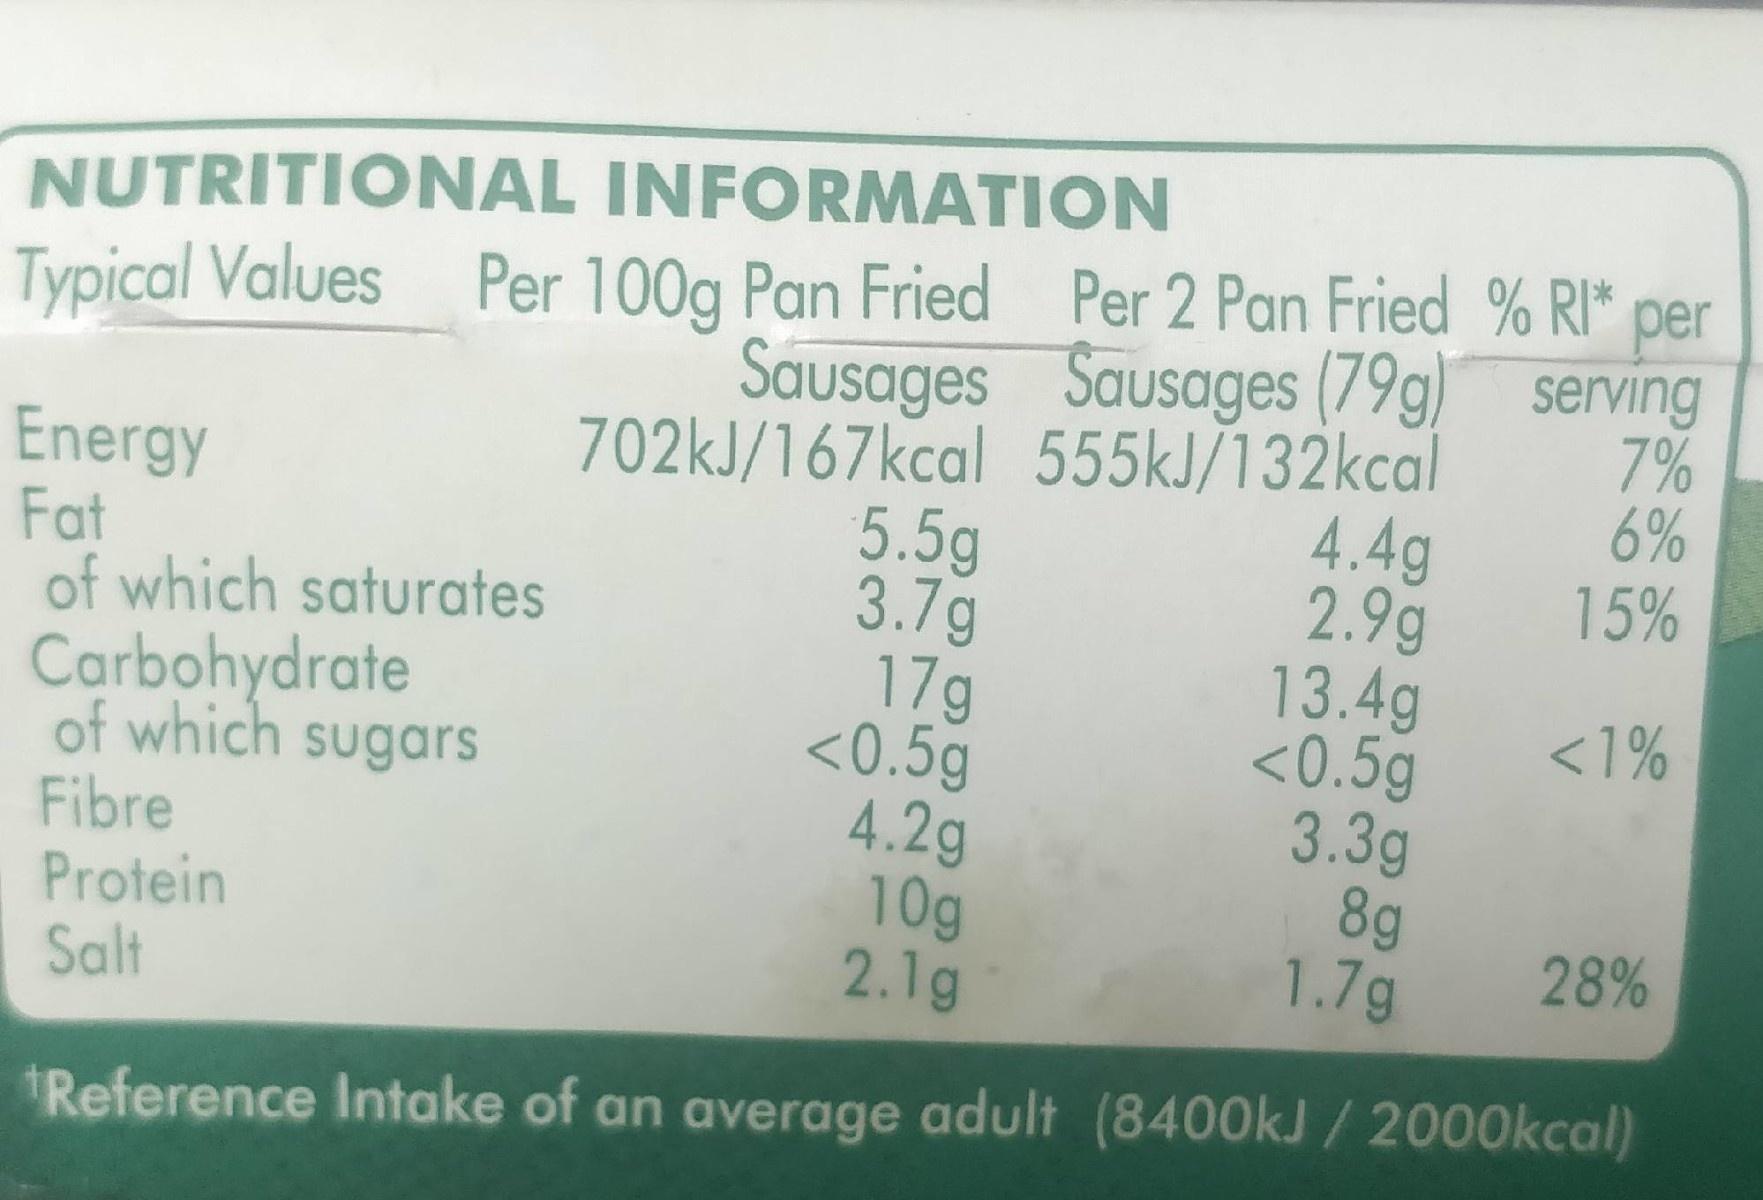
NUTRITIONAL INFORMATION
per Sausages Sausages (79g) serving
Typical Values Per 100g Pan Fried Per 2 Pan Fried % RI"
7% 6% 15%
Energy Fat of which saturates Carbohydrate of which sugars Fibre Protein Salt
702kJ/167kcal 555kJ/132kcal 4.4g 2.9g 13.4g <0.5g 3.3g 8g 1.7g
5.5g 3.7g 17g <0.5g 4.2g 10g 2.1g
<1%
28%
Reference Intake of an average adult (8400kJ / 2000kcal)